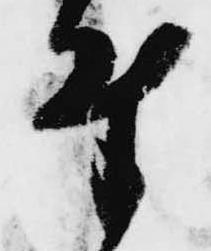
付